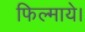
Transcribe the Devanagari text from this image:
फिल्माये।